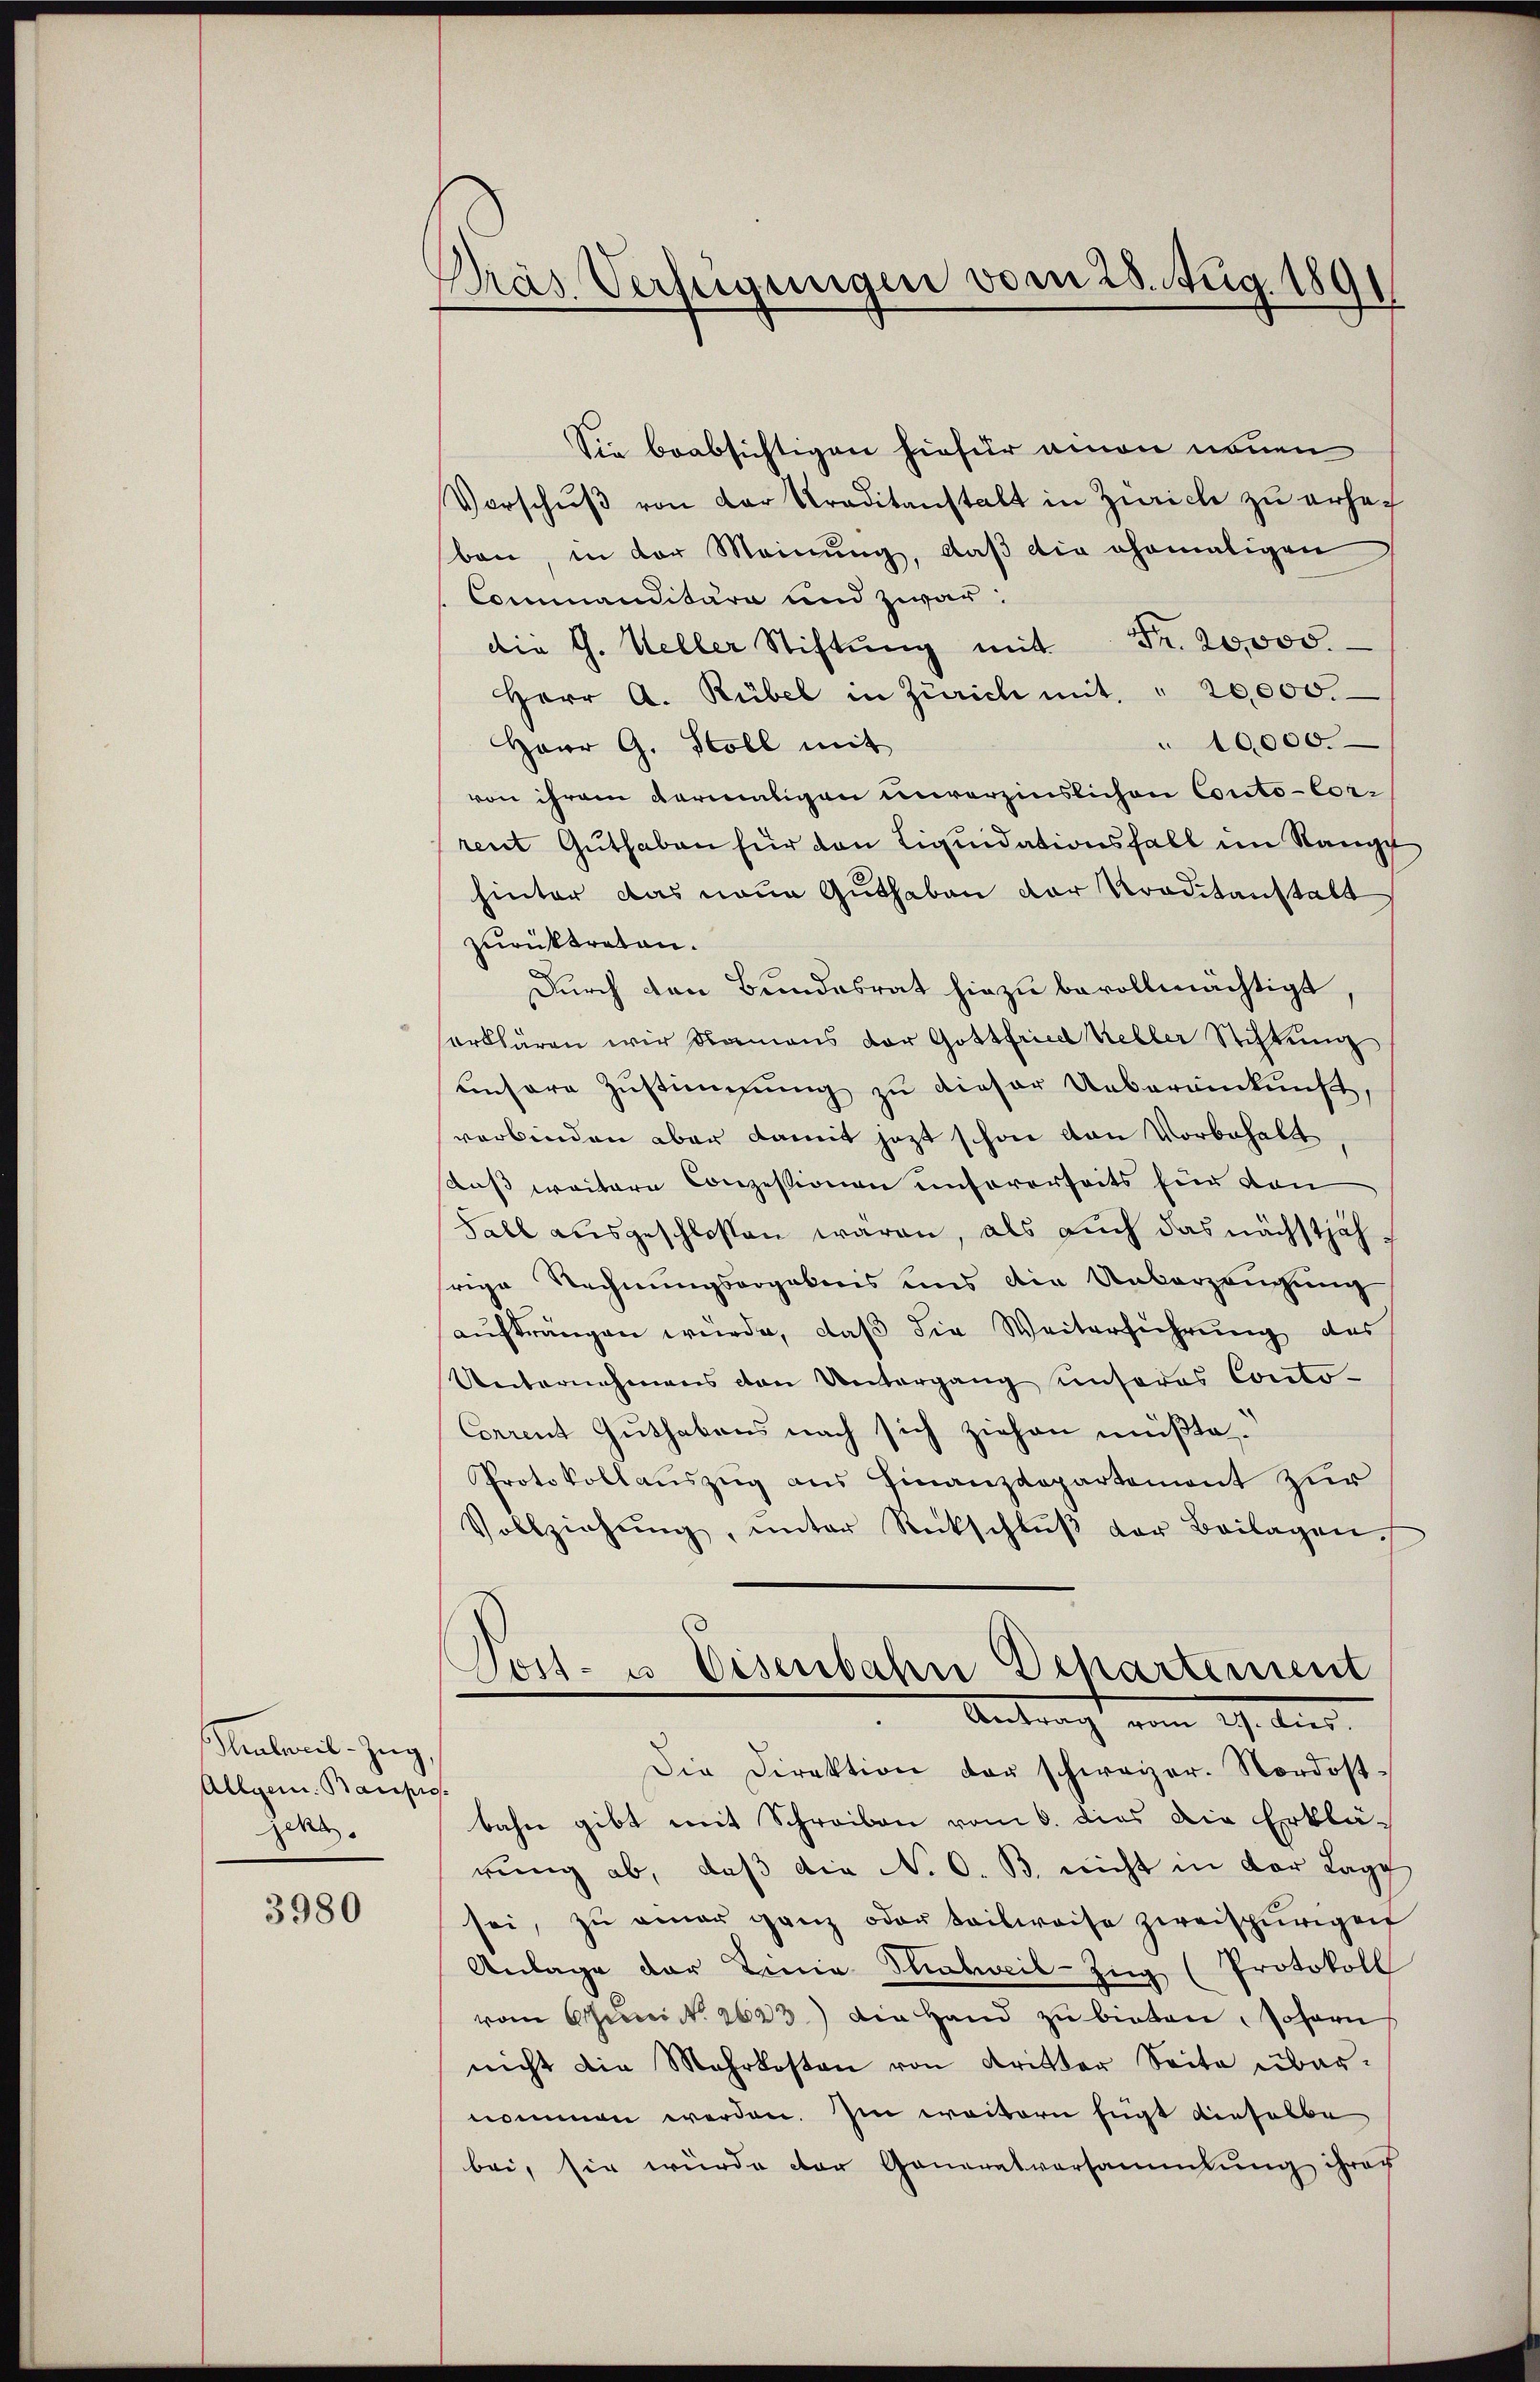
Peulail-Zug,
Allgem. Baupro
Jekt.

3980

Präs. Verfügungen vom 28. Aug. 1891

Sie beabsichtigen hiefür einen neuen
Vorschŭβ von der Traditanstalt in Zürich zu erhaf
ben, in der Meinung, daß die ehemaligen
Commanditäre und zwar:
die G. Weller Stiftŭng mit Fr. 20,000.
Herr A. Rübel in Zürich mit " 20,000.
10,000
Herr G. Stoll mit
von ihrem dermaligen unverzinslichen Conto- Corrent Guthaben für den Liquidationsfall im Range
hinter das neue Guthaben der Traditanstalt
zurücktreten.
Durch den Bundesrat hiezu bevollmächtigt,
erklären wir Namens der Gottfried Keller Stiftung
unsere Zustimmung zu dieser Uebereinkunft,
verbinden aber damit jetzt schon van Vorbehalt
daß weitere Conzessionen unsererseits für von
Fall ausgeschlossen waren, als auch das nächstjährige Rechnungsorgebens uns die Ueberzeugung
aufdrängen würde, daß die Weiterführung des
Unternehmens den Untergang unseres Conto-
Corrent Guthabens nach sich ziehen müßte,
Protokollauszug aus Finanzdepartement zur
Vollziehŭng, unter Rückschlŭβ der Beilagen.
Post- u. Eisenbahn Departement
Antragt vom 29. Aus
Die Direktion der schweizer. Nordostbahn gibt mit Schreiben vom 6. dies die Erklä-
rung ab, daß die N. O. B. nicht in der Lage
sei, zŭ einer ganz oder teilweise zweispurigen
Anlage der Linia Thalweil-Zug (Protokoll
vom Juni No 2623.) Die Hand zu bieten, Johann
nicht die Mehrkosten von Kritter Seite übernommen werden. Im weitern fügt dieselbe
bei, sie würde der Generatversammlung ihrer